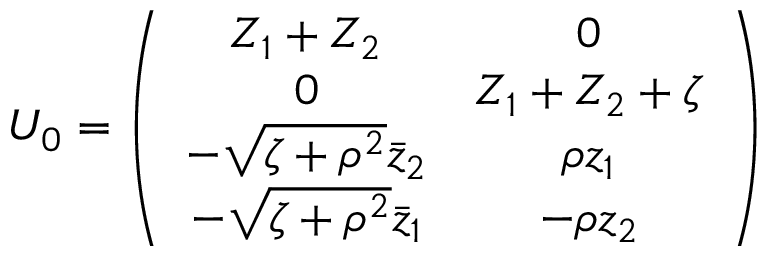
U _ { 0 } = \left( \begin{array} { c c } { { Z _ { 1 } + Z _ { 2 } } } & { { 0 } } \\ { { 0 } } & { { Z _ { 1 } + Z _ { 2 } + \zeta } } \\ { { - \sqrt { \zeta + \rho ^ { 2 } } \bar { z } _ { 2 } } } & { { \rho z _ { 1 } } } \\ { { - \sqrt { \zeta + \rho ^ { 2 } } \bar { z } _ { 1 } } } & { { - \rho z _ { 2 } } } \end{array} \right)